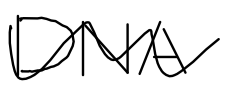
Text: DNA
Cross-out: wave
Writing tool: digital_black